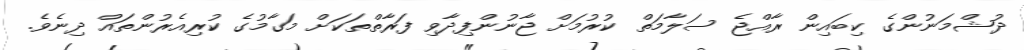
ދުޝްމަނުންގެ ކިބައިން ރާއްޖެ ސަލާމަތް ކުރުމަށް ޖާނުންފިދާވި ފަރާތްތަކަށް މަގާމުގެ ކުރިއެރުންތައް ދިނެވެ.